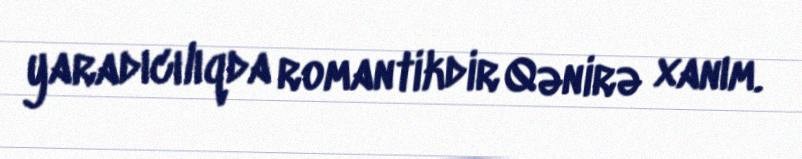
yaradıcılıqda romantikdir Qənirə xanım.